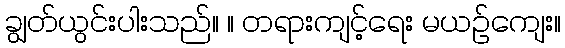
ချွတ်ယွင်းပါးသည်။ ။ တရားကျင့်ရေး မယဉ်ကျေး။